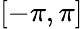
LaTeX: [-\pi,\pi]